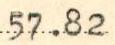
57.82